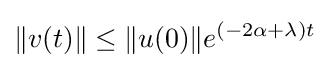
\|v(t)\|\leq \|u(0)\|e^{(-2\alpha +\lambda )t}